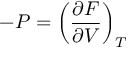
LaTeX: - P = \left( { \frac { \partial F } { \partial V } } \right) _ { T }